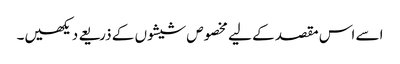
اسے اس مقصد کے لیے مخصوص شیشوں کے ذریعے دیکھیں۔